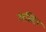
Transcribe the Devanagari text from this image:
लखित